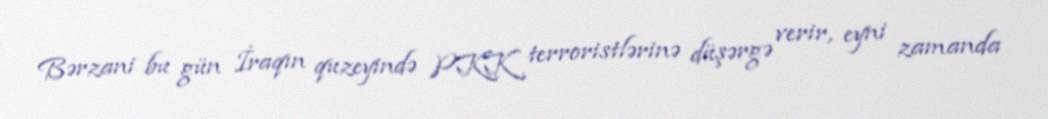
Bərzani bu gün İraqın quzeyində PKK terroristlərinə düşərgə verir, eyni zamanda